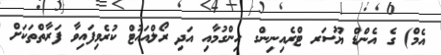
އެމް) ގެ އެންޑް ޔޫސަރ ޓްރެއިނިންގ ހިންގުމާއި އަދި ރޯލްއައުޓް ކުރެވިފައިވާ ފަރާތްތަކަށް